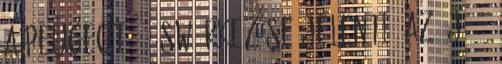
a PEUGEOT 308 SW érkezése jelenti. Az új 308